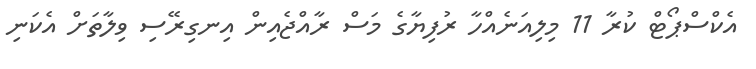
އެކްސްޕޯޓް ކުރާ 11 މިލިއަނެއްހާ ރުފިޔާގެ މަސް ރާއްޖެއިން އިނގިރޭސި ވިލާތަށް އެކަނި